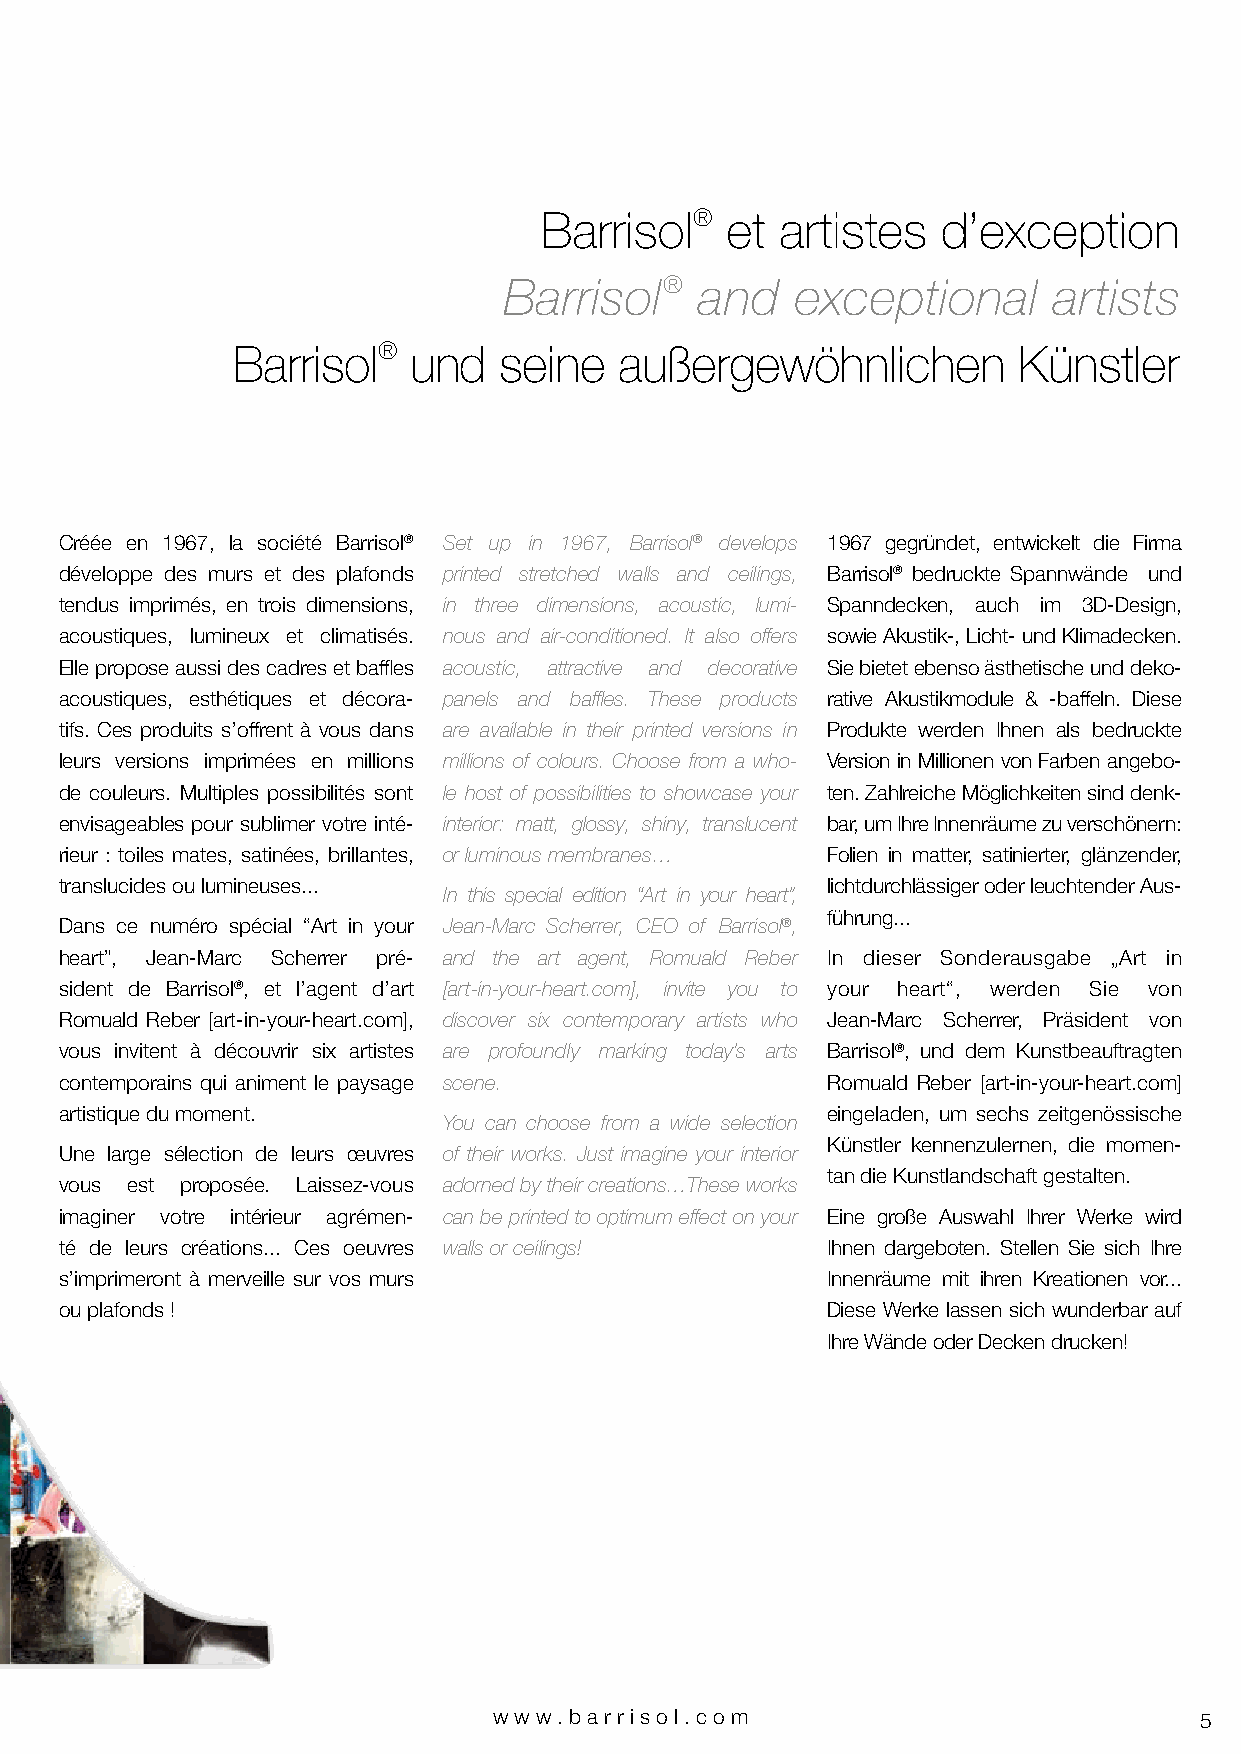
Barrisol®   et  artistes  d’exception
 Barrisol®    and    exceptional      artists
 Barrisol®   und   seine   außergewöhnlichen         Künstler
 Créée en 1967, la société Barrisol® Set up in 1967, Barrisol® develops 1967 gegründet, entwickelt die Firma
 développe des murs et des plafonds printed stretched walls and ceilings, Barrisol® bedruckte Spannwände und
 tendus imprimés, en trois dimensions, in three dimensions, acoustic, lumi- Spanndecken, auch im 3D-Design,
 acoustiques, lumineux et climatisés. nous and air-conditioned. It also offers sowie Akustik-, Licht- und Klimadecken.
 Elle propose aussi des cadres et baffles acoustic, attractive and decorative Sie bietet ebenso ästhetische und deko-
 acoustiques, esthétiques et décora- panels and baffles. These products rative Akustikmodule & -baffeln. Diese
 tifs. Ces produits s’offrent à vous dans are available in their printed versions in Produkte werden Ihnen als bedruckte
 leurs versions imprimées en millions millions of colours. Choose from a who- Version in Millionen von Farben angebo-
 de couleurs. Multiples possibilités sont le host of possibilities to showcase your ten. Zahlreiche Möglichkeiten sind denk-
 envisageables pour sublimer votre inté- interior: matt, glossy, shiny, translucent bar, um Ihre Innenräume zu verschönern:
 rieur : toiles mates, satinées, brillantes, or luminous membranes… Folien in matter, satinierter, glänzender,
 translucides ou lumineuses...                      lichtdurchlässiger oder leuchtender Aus-
 In this special edition “Art in your heart”,
 führung...
 Dans ce numéro spécial “Art in your Jean-Marc Scherrer, CEO of Barrisol®,
 heart”, Jean-Marc Scherrer pré- and the art agent, Romuald Reber In dieser Sonderausgabe „Art in
 sident de Barrisol®, et l’agent d’art [art-in-your-heart.com], invite you to your heart“, werden Sie von
 Romuald Reber [art-in-your-heart.com], discover six contemporary artists who Jean-Marc Scherrer, Präsident von
 vous invitent à découvrir six artistes are profoundly marking today’s arts Barrisol®, und dem Kunstbeauftragten
 contemporains qui animent le paysage scene.        Romuald Reber [art-in-your-heart.com]
 artistique du moment.                              eingeladen, um sechs zeitgenössische
 You can choose from a wide selection
 Künstler kennenzulernen, die momen-
 Une large sélection de leurs œuvres of their works. Just imagine your interior
 tan die Kunstlandschaft gestalten.
 vous est proposée. Laissez-vous adorned by their creations…These works
 imaginer votre intérieur agrémen- can be printed to optimum effect on your Eine große Auswahl Ihrer Werke wird
 té de leurs créations... Ces oeuvres walls or ceilings! Ihnen dargeboten. Stellen Sie sich Ihre
 s’imprimeront à merveille sur vos murs             Innenräume mit ihren Kreationen vor...
 ou plafonds !                                      Diese Werke lassen sich wunderbar auf
 Ihre Wände oder Decken drucken!
 www.bar riso l. com                           5